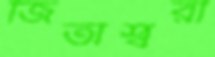
জিতাশ্বরী